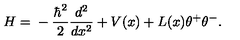
H = { } - \frac { \hbar ^ { 2 } } { 2 } \frac { d ^ { 2 } } { d x ^ { 2 } } + V ( x ) + L ( x ) \theta ^ { + } \theta ^ { - } .